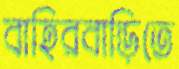
বাহিরবাড়িতে